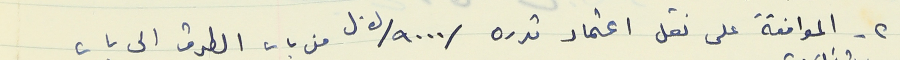
٢- الموافقة على نقل اعتماد قدره /٩٠٠٠/ ل.ل من باب الطرق الى باب